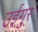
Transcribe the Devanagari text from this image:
उईगुर